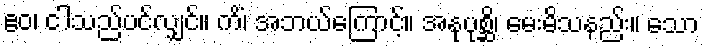
ဧဝ၊ ငါသည်ပင်လျှင်။ ကိံ၊ အဘယ်ကြောင့်။ အနုပုစ္ဆိ၊ မေးမိသနည်း။ သော